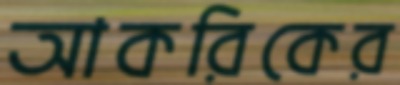
আকরিকের